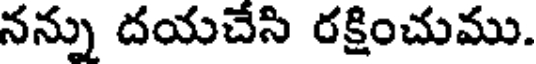
నన్ను దయచేసి రక్షించుము.